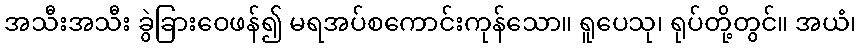
အသီးအသီး ခွဲခြားဝေဖန်၍ မရအပ်စကောင်းကုန်သော။ ရူပေသု၊ ရုပ်တို့တွင်။ အယံ၊